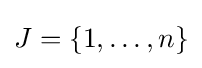
J=\lbrace 1,\ldots ,n\rbrace